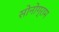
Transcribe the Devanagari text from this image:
सोनोग्राम